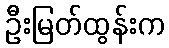
ဦးမြတ်ထွန်းက